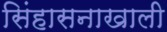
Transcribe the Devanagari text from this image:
सिंहासनाखाली